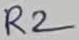
Text: R2